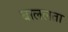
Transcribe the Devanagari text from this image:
बाललता